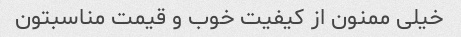
خیلی ممنون از کیفیت خوب و قیمت مناسبتون